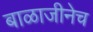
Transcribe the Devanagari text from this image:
बाळाजीनेच